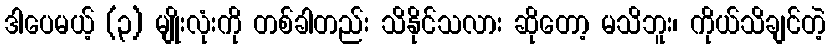
ဒါပေမယ့် (၃) မျိုးလုံးကို တစ်ခါတည်း သိနိုင်သလား ဆိုတော့ မသိဘူး၊ ကိုယ်သိချင်တဲ့